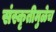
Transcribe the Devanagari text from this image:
संस्कृतीमुळेच